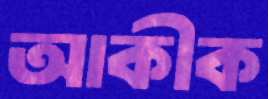
আকীক